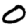
Digit: 0